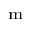
^ \mathrm { m }